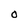
Character: O